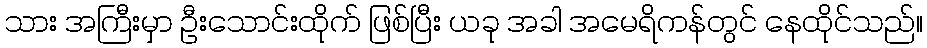
သား အကြီးမှာ ဦးသောင်းထိုက် ဖြစ်ပြီး ယခု အခါ အမေရိကန်တွင် နေထိုင်သည်။